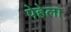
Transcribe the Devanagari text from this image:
पेहेला